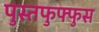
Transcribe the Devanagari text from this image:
पुस्तफुफ्फुस